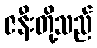
ဇနီးတို့သည်